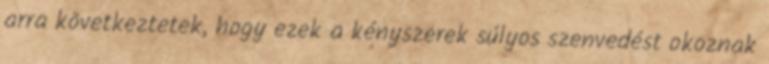
arra következtetek, hogy ezek a kényszerek súlyos szenvedést okoznak